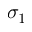
\sigma _ { 1 }